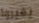
يغيروا